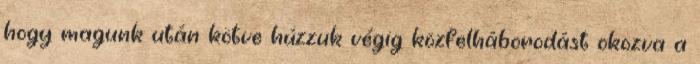
hogy magunk után kötve húzzuk végig közfelháborodást okozva a